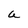
Character: a